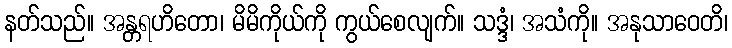
နတ်သည်။ အန္တရဟိတော၊ မိမိကိုယ်ကို ကွယ်စေလျက်။ သဒ္ဒံ၊ အသံကို။ အနုသာဝေတိ၊